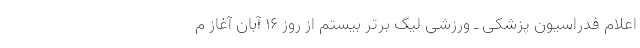
اعلام فدراسیون پزشکی ـ ورزشی لیگ برتر بیستم از روز ۱۶ آبان آغاز م